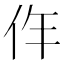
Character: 𠇪